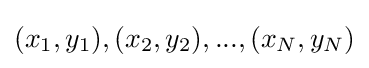
(x_{1},y_{1}),(x_{2},y_{2}),...,(x_{N},y_{N})